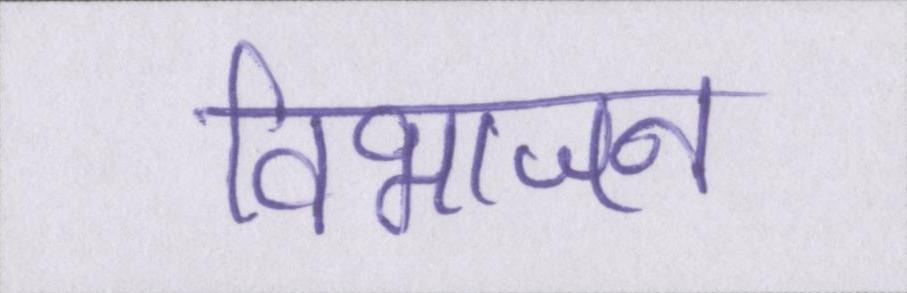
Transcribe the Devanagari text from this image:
विभाजन